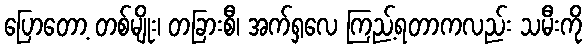
ပြောတော့ တစ်မျိုး၊ တခြားစီ၊ အက်ရှလေ ကြည့်ရတာကလည်း သမီးကို